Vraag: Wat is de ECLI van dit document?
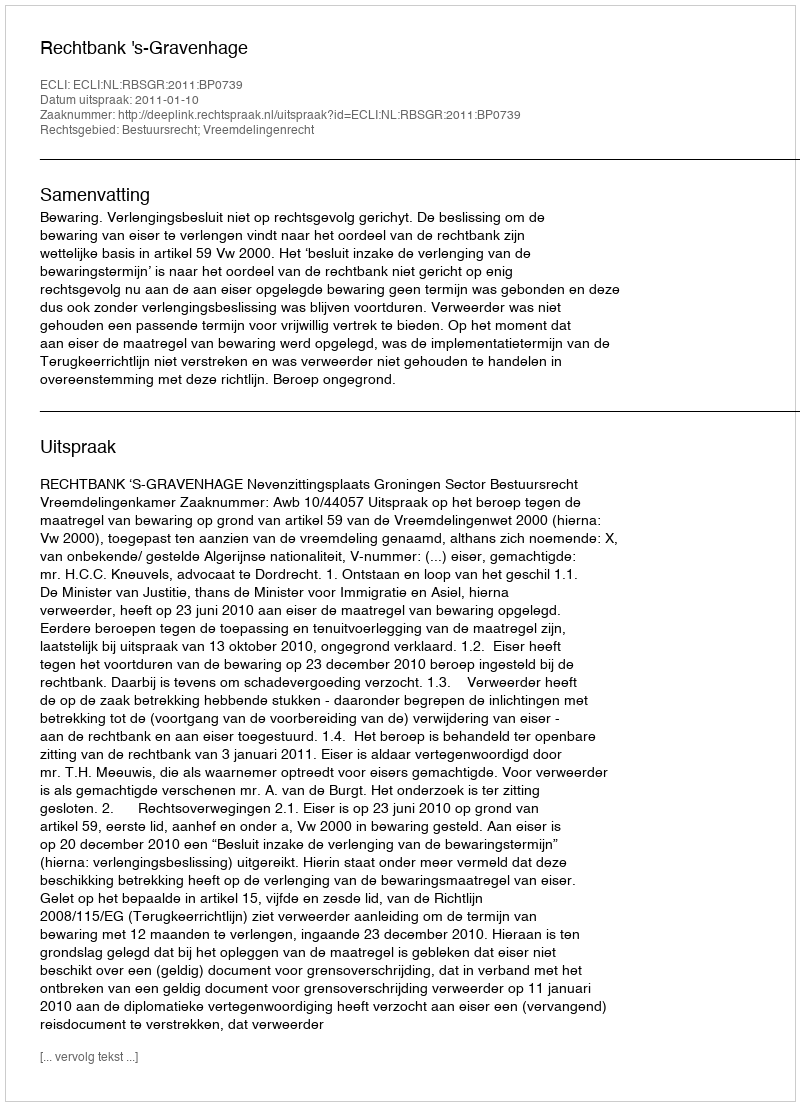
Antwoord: ECLI:NL:RBSGR:2011:BP0739